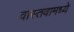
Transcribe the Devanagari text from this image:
वास्तवामध्ये